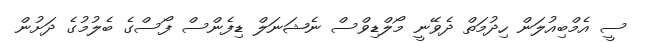
ސީ އެމްބިއުލަން ހިދުމަތް ދެވޭނީ މޯލްޑިވްސް ނެޝަނަލް ޑިފެންސް ފޯސްގެ ބެލުމުގެ ދަށުން